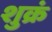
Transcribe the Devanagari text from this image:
शुक्रं